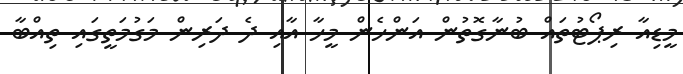
މީޑިއާ ރިޕޯޓުތައް ބުނާގޮތުން އަންހެން މީހާ އާއި ދެ ދަރިން މަގުމަތީގައި ތިއްބާ